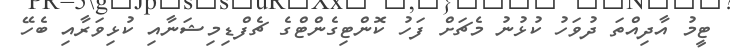
ޓީމު އާދިއްތަ ދުވަހު ކުޅުނު މެޗަށް ފަހު ކޮންޓިގެންޓްގެ ޗެފްޑިމިޝަނާއި ކުޅިވަރާއި ބެހޭ